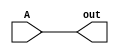
module parallel_buf(out, A);
   parameter WIRE = 1;

   input  [WIRE-1:0] A;
   output [WIRE-1:0] out;

   buf buf_inst(out[0], A[0]);
   if (WIRE > 1)
     parallel_buf #(.WIRE(WIRE-1)) parallel_buf0(out[WIRE-1 : 1],
					         A[WIRE-1 : 1]);
endmodule